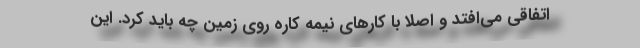
اتفاقی می‌افتد و اصلا با کارهای نیمه کاره روی زمین چه باید کرد. این